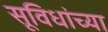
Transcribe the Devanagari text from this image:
सूविधांच्या